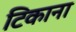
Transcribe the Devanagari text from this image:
टिकाना